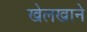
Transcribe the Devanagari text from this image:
खेलखाने